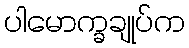
ပါမောက္ခချုပ်က